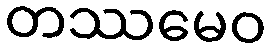
တဿမေဝ